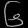
Digit: ၆